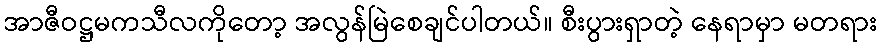
အာဇီဝဋ္ဌမကသီလကိုတော့ အလွန်မြဲစေချင်ပါတယ်။ စီးပွားရှာတဲ့ နေရာမှာ မတရား